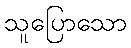
သူပြောသော